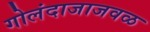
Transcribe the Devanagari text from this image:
गोलंदाजाजवळ